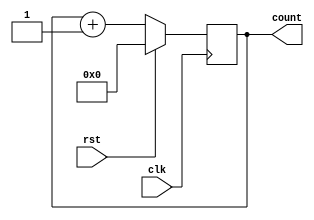
`timescale 1ns / 1ps
//////////////////////////////////////////////////////////////////////////////////
// Company: 
// Engineer: 
// 
// Design Name: 
// Module Name: simple_counter
// Project Name: 
// Target Devices: 
// Tool Versions: 
// Description: 
// 
// Dependencies: 
// 
// Revision:
// Revision 0.01 - File Created
// Additional Comments:
// 
//////////////////////////////////////////////////////////////////////////////////

//32-bit synchronous counter
module simple_counter(count,clk,rst);
input clk,rst;
output reg [31:0] count;

always@(posedge clk)
    begin
        if(rst)
            count=32'b0;
        else
            count=count+1;
        end 
 endmodule